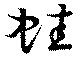
蛙